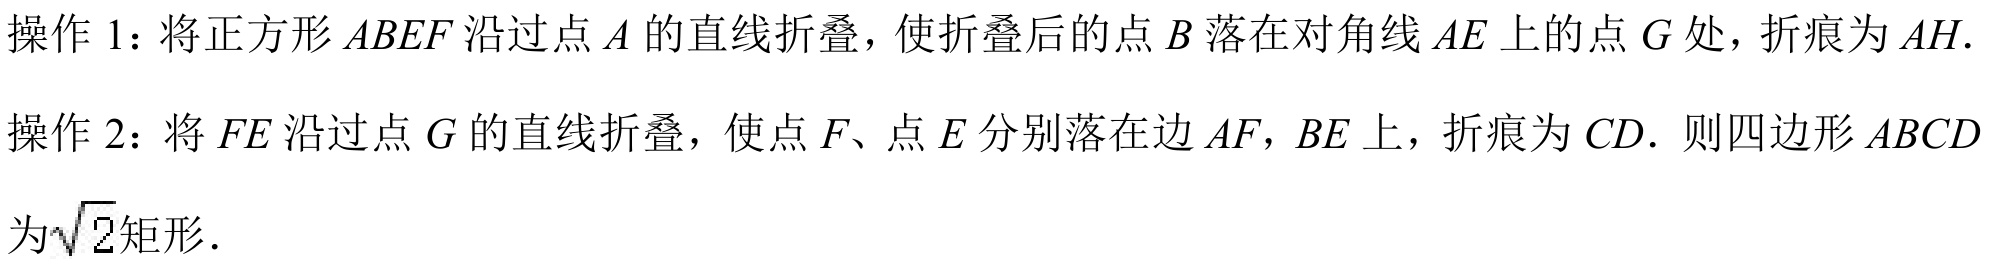
操作1：将正方形\(ABEF\)沿过点\(A\)的直线折叠，使折叠后的点\(B\)落在对角线\(AE\)上的点\(G\)处，折痕为\(AH\)．
操作2：将\(FE\)沿过点\(G\)的直线折叠，使点\(F\)、点\(E\)分别落在边\(AF\)，\(BE\)上，折痕为\(CD\)．则四边形\(ABCD\)为\(\sqrt{2}\)矩形．